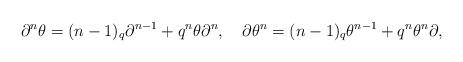
LaTeX: \begin{align*}\partial^n\theta=(n-1)_q\partial^{n-1}+q^n\theta\partial^n,\quad\partial\theta^n=(n-1)_q\theta^{n-1}+q^n\theta^n\partial,\end{align*}